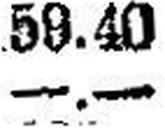
—.—